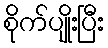
စိုက်ပျိုးပြီး